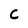
Character: C